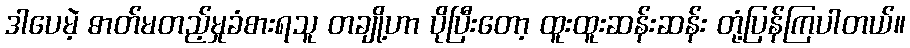
ဒါပေမဲ့ ဓာတ်မတည့်မှုခံစားရသူ တချို့ဟာ ပိုပြီးတော့ ထူးထူးဆန်းဆန်း တုံ့ပြန်ကြပါတယ်။